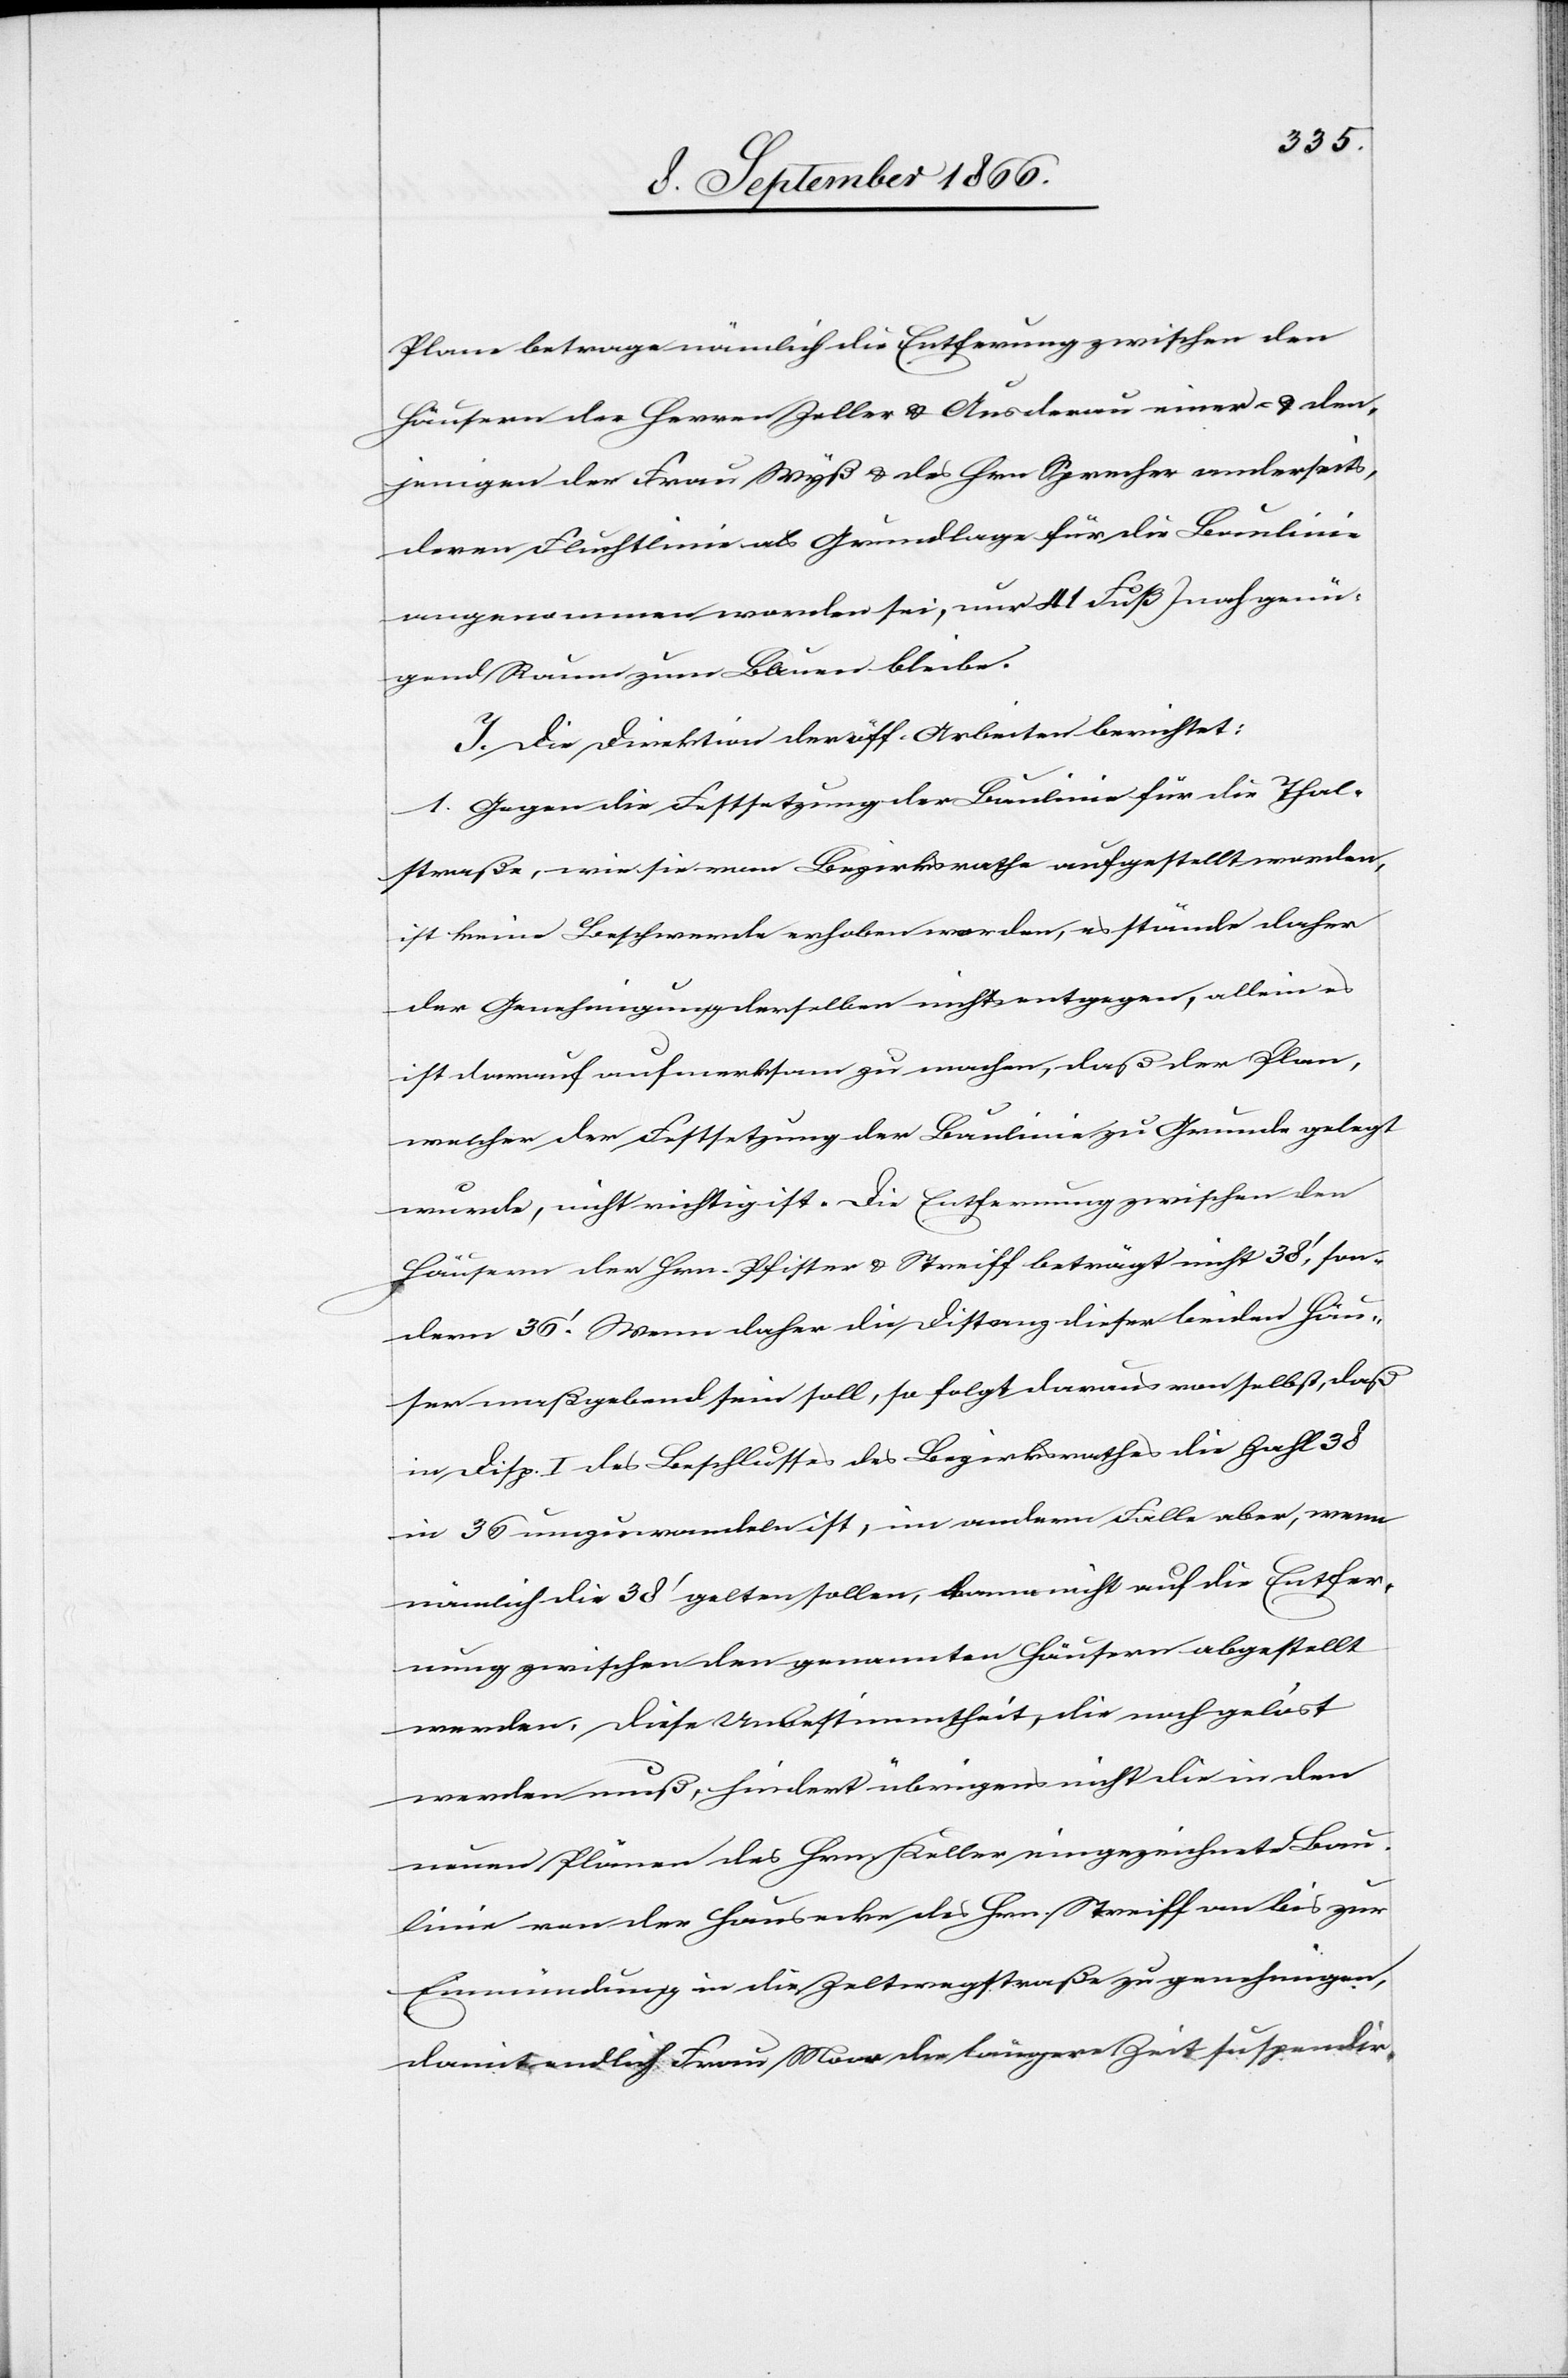
Plane betrage nämlich die Entfernung zwischen den
Häusern der Herren Zeller u. Ausderau einer- u. den¬
jenigen der Frau Wyß u. des Hrn. Sprecher anderseits,
deren Fluchtlinien als Grundlage für die Baulinie
angenommen worden sei, nur 41 Fuß) noch genü¬
gend Raum zum Bauen bleibe.
I. Die Direktion der öff. Arbeiten berichtet:
1. Gegen die Festsetzung der Baulinie für die Thal¬
straße, wie sie vom Bezirksrathe aufgestellt worden,
ist keine Beschwerde erhoben worden, es stände daher
der Genehmigung derselben nichts entgegen, allein es
ist darauf aufmerksam zu machen, daß der Plan,
welcher der Festsetzung der Baulinie zu Grunde gelegt
wurde, nicht richtig ist. Die Entfernung zwischen den
Häusern der Hrn Pfister u. Streiff beträgt nicht 38‘, son¬
dern 36‘. Wenn daher die Distanz dieser beiden Häu¬
ser maßgebend sein soll, so folgt daraus von selbst, daß
in Disp. I des Beschlusses des Bezirksrathes die Zahl 38
in 36 umgewandelt ist, im andern Falle aber, wenn
nämlich die 38‘ gelten sollen, kann nicht auf die Entfer¬
nung zwischen den genannten Häusern abgestellt
werden. Diese Unbestimmtheit, die noch gelöst
werden muß, hindert übrigens nicht die in den
neuen Plänen des Hrn. Keller eingezeichnete Bau¬
linie von der Hausecke des Hrn. Streiff an bis zur
Einmündung in die Zeltwegstraße zu genehmigen,
damit endlich Frau Moor die längere Zeit suspendir-